Vaccination in Bombay 1902-1912 - 1902-1912
Year: 1902
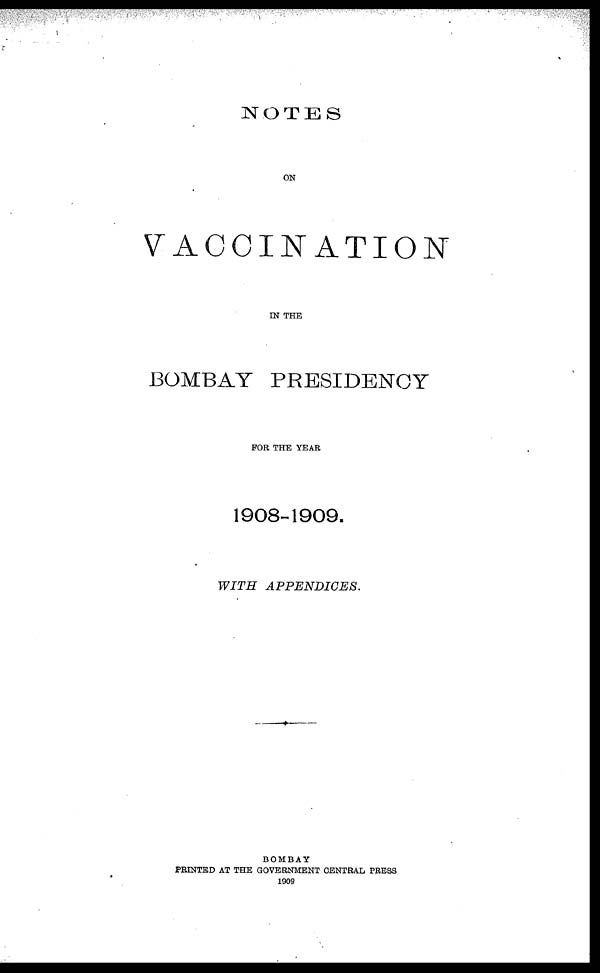
NOTES
ON
VACCINATION
IN THE
BOMBAY PRESIDENCY
FOR THE YEAR
1908-1909.
WITH
APPENDICES.
BOMBAY
PRINTED AT THE GOVERNMENT CENTRAL PRESS
1909